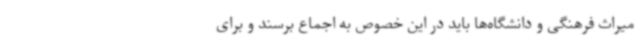
میراث فرهنگی و دانشگاه‌ها باید در این خصوص به اجماع برسند و برای